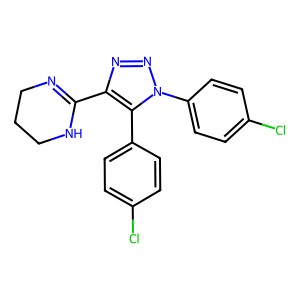
SMILES: Clc1ccc(-c2c(C3=NCCCN3)nnn2-c2ccc(Cl)cc2)cc1
Inhibits HIV replication: No